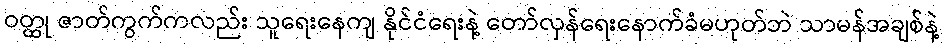
ဝတ္ထု ဇာတ်ကွက်ကလည်း သူရေးနေကျ နိုင်ငံရေးနဲ့ တော်လှန်ရေးနောက်ခံမဟုတ်ဘဲ သာမန်အချစ်နဲ့